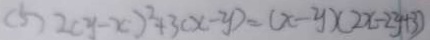
( 5 ) 2 ( y - x ) ^ { 2 } + 3 ( x - y ) = ( x - y ) ( 2 x - 2 y + 3 )